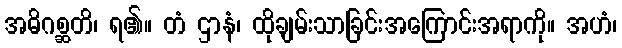
အဓိဂစ္ဆတိ၊ ရ၏။ တံ ဌာနံ၊ ထိုချမ်းသာခြင်းအကြောင်းအရာကို။ အဟံ၊